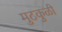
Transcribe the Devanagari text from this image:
मुटकुळी